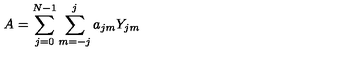
A = \sum _ { j = 0 } ^ { N - 1 } \sum _ { m = - j } ^ { j } a _ { j m } Y _ { j m }